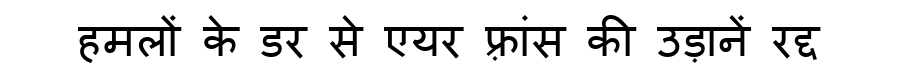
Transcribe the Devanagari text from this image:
हमलों के डर से एयर फ़्रांस की उड़ानें रद्द